Plague in India, 1896, 1897 - Volume 3
Year: 1896
Disease focus: Plague
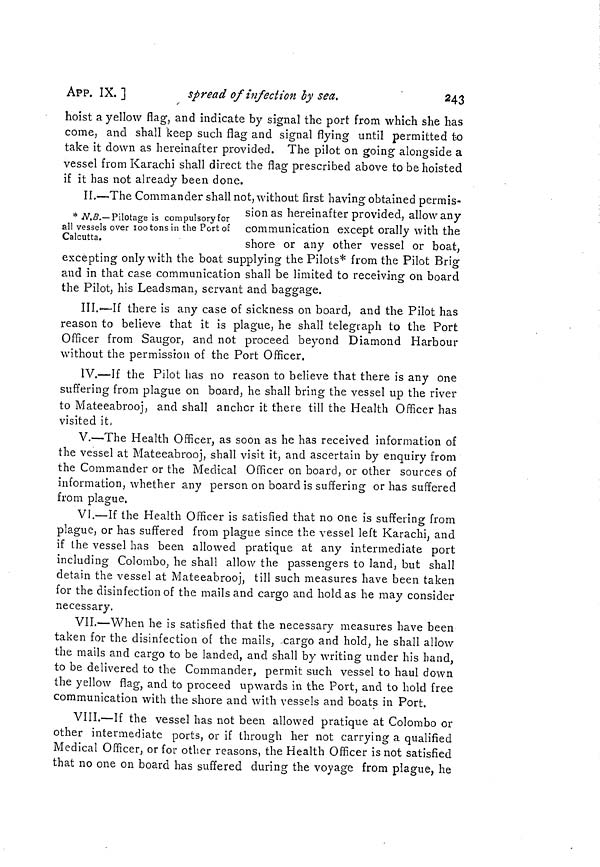
APP. IX.]
spread of infection by sea.
243
hoist a yellow flag, and indicate by signal the port from which she has
come, and shall keep such flag and signal flying until permitted to
take it down as hereinafter provided. The pilot on going alongside a
vessel from Karachi shall direct the flag prescribed above to be hoisted
if it has not already been done.
* N.B.—Pilotage is compulsory for
all vessels over 100 tons in the Port of
Calcutta.
II.—The Commander shall not, without first having obtained permis-
sion as hereinafter provided, allow any
communication except orally with the
shore or any other vessel or boat,
excepting only with the boat supplying the Pilots* from the Pilot Brig
and in that case communication shall be limited to receiving on board
the Pilot, his Leadsman, servant and baggage.
III.—If there is any case of sickness on board, and the Pilot has
reason to believe that it is plague, he shall telegraph to the Port
Officer from Saugor, and not proceed beyond Diamond Harbour
without the permission of the Port Officer.
IV.—If the Pilot has no reason to believe that there is any one
suffering from plague on board, he shall bring the vessel up the river
to Mateeabrooj, and shall anchor it there till the Health Officer has
visited it,
V.—The Health Officer, as soon as he has received information of
the vessel at Mateeabrooj, shall visit it, and ascertain by enquiry from
the Commander or the Medical Officer on board, or other sources of
information, whether any person on board is suffering or has suffered
from plague.
VI.—If the Health Officer is satisfied that no one is suffering from
plague, or has suffered from plague since the vessel left Karachi, and
if the vessel has been allowed pratique at any intermediate port
including Colombo, he shall allow the passengers to land, but shall
detain the vessel at Mateeabrooj, till such measures have been taken
for the disinfection of the mails and cargo and hold as he may consider
necessary.
VII.—When he is satisfied that the necessary measures have been
taken for the disinfection of the mails, -cargo and hold, he shall allow
the mails and cargo to be landed, and shall by writing under his band,
to be delivered to the Commander, permit such vessel to haul down
the yellow flag, and to proceed upwards in the Port, and to hold free
communication with the shore and with vessels and boats in Port.
VIII.—If the vessel has not been allowed pratique at Colombo or
other intermediate ports, or if through her not carrying a qualified
Medical Officer, or for other reasons, the Health Officer is not satisfied
that no one on board has suffered during the voyage from plague, he